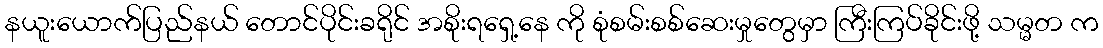
နယူးယောက်ပြည်နယ် တောင်ပိုင်းခရိုင် အစိုးရရှေ့နေ ကို စုံစမ်းစစ်ဆေးမှုတွေမှာ ကြီးကြပ်ခိုင်းဖို့ သမ္မတ က